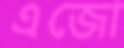
এজো